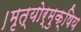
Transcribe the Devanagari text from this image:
।मृत्योर्मुक्षिय